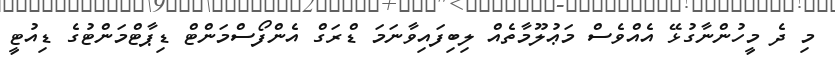
މި ދެ މީހުންނާގުޅޭ އެއްވެސް މަޢުލޫމާތެއް ލިބިފައިވާނަމަ ޑްރަގް އެންފޯސްމަންޓް ޑިޕާޓްމަންޓުގެ ޑިއުޓީ